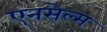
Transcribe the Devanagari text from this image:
एनसेल्म